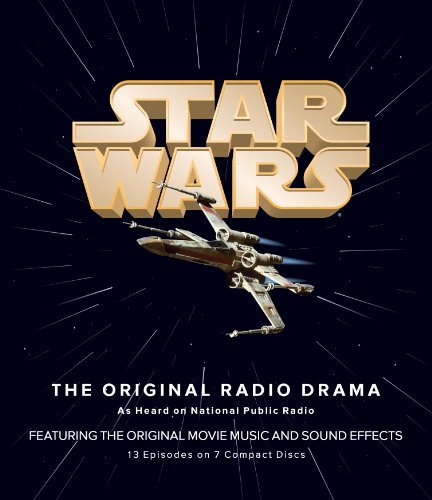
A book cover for Star Wars: The Original Radio Drama; Lucasfilm Ltd.; Humor & Entertainment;